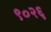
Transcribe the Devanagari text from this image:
९०२६